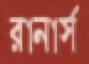
রানার্স